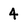
Character: 4